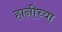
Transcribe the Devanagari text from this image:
हानीच्या